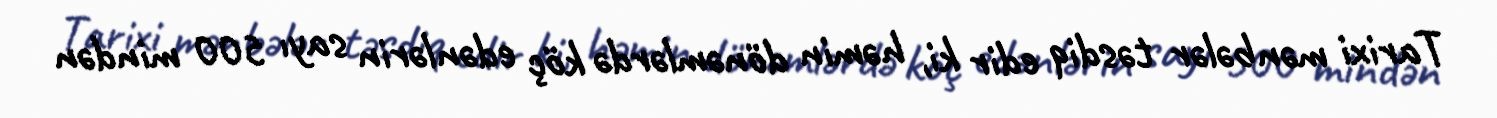
Tarixi mənbələr təsdiq edir ki, həmin dönəmlərdə köç edənlərin sayı 500 mindən